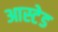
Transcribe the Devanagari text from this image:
आस्टेड